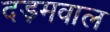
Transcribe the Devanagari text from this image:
दड़मवाल